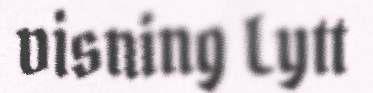
visning Lytt